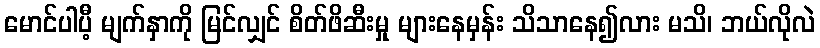
မောင်ပါပီ့ မျက်နှာကို မြင်လျှင် စိတ်ဖိဆီးမှု များနေမှန်း သိသာနေ၍လား မသိ၊ ဘယ်လိုလဲ